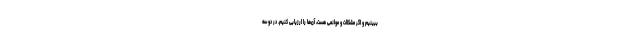
ببینیم و اگر مشکلات و موانعی هست، آن‌ها را ارزیابی کنیم. در دو سه